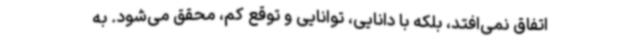
اتفاق نمی‌افتد، بلکه با دانایی، توانایی و توقع کم، محقق می‌شود. به